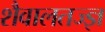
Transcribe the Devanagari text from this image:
शैवालतज्ज्ञ